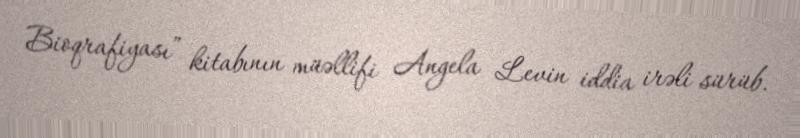
Bioqrafiyası” kitabının müəllifi Angela Levin iddia irəli sürüb.